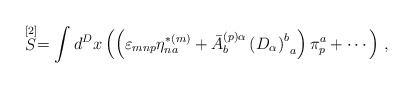
\begin{align*}\stackrel{\lbrack 2]}{S}=\int d^{D}x\left( \left( \varepsilon _{mnp}\eta_{na}^{*(m)}+\bar{A}_{b}^{(p)\alpha }\left( D_{\alpha }\right)_{\;\;a}^{b}\right) \pi _{p}^{a}+\cdots \right) \,,\end{align*}